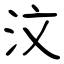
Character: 汶